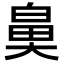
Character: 𮮰